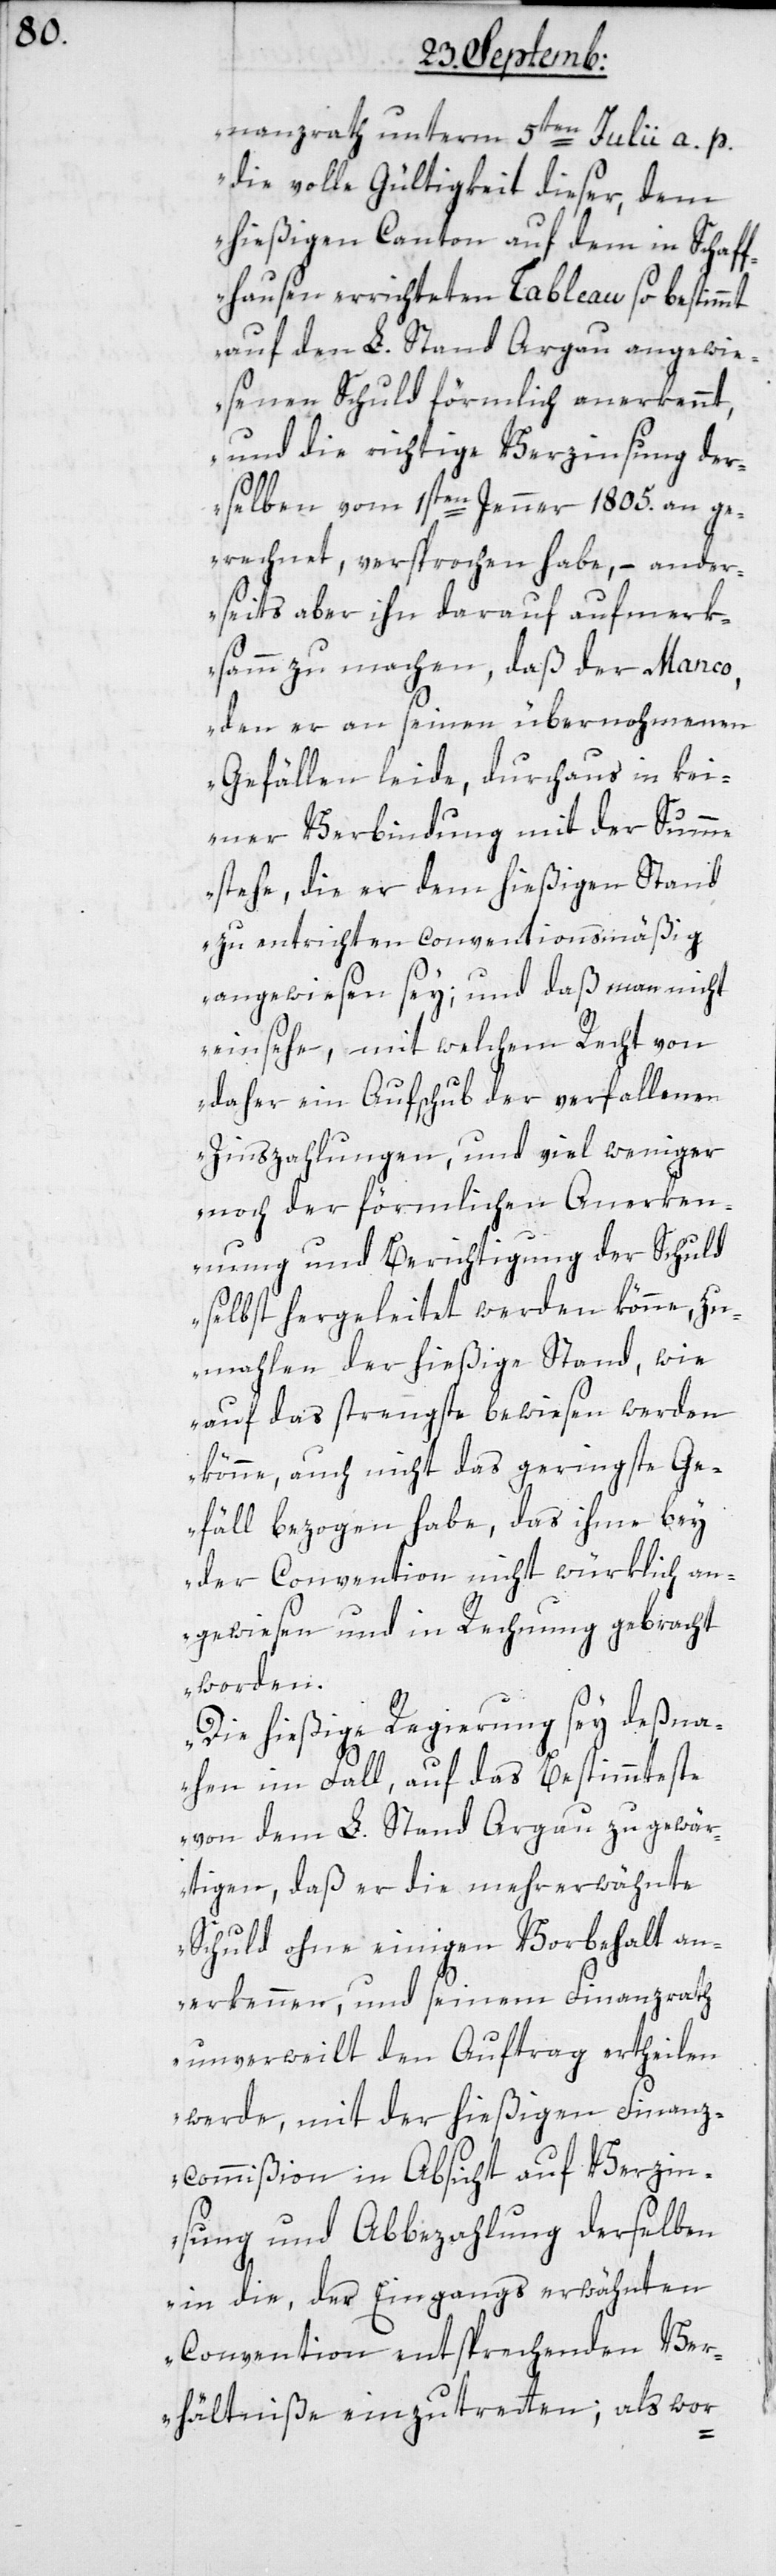
nanzrath unterm 5ten Julii a. p.
die volle Gültigkeit dieser, dem
hießigen Canton auf dem in Schaf¬
fhausen errichteten Tableau so bestimmt
auf den L. Stand Argau angewie¬
senen Schuld förmlich anerkennt,
und die richtige Verzinsung der¬
selben vom 1sten Jenner 1805. an ge¬
rechnet, versprochen habe, – ander¬
seits aber ihn darauf aufmerk¬
samm zu machen, daß der Manco,
den er an seinen übernohmenen
Gefällen leide, durchaus in kei¬
ner Verbindung mit der Summe
stehe, die er dem hießigen Stand
zu entrichten conventionsmäßig
angewiesen sey; und daß man nicht
einsehe, mit welchem Recht von
daher ein Aufschub der verfallenen
Zinszahlungen, und viel weniger
noch der förmlichen Anerken¬
nung und Berichtigung der Schuld
selbst hergeleitet werden könne, zu¬
mahlen der hießige Stand, wie
auf das strengste bewiesen werden
könne, auch nicht das geringste Ge¬
fäll bezogen habe, das ihme bey
der Convention nicht würklich an¬
gewiesen und in Rechnung gebracht
worden.
Die hießige Regierung sey deßna¬
hen im Fall, auf das Bestimmteste
von dem L. Stand Argau zu gewär¬
tigen, daß er die mehrerwähnte
Schuld ohne einigen Vorbehalt an¬
erkennen, und seinem Finanzrath
unverweilt den Auftrag ertheilen
werde, mit der hießigen Finan¬
z-Commißion in Absicht auf Verzin¬
sung und Abbezahlung derselben
in die, der Eingangs erwähnten
Convention entsprechenden Ve¬
rhältniße einzutretten; als wor-